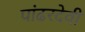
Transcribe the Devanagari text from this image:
पांढरदेवी